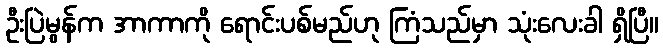
ဦးပြဲမွန်က အာကာကို ရောင်းပစ်မည်ဟု ကြံသည်မှာ သုံးလေးခါ ရှိပြီ။